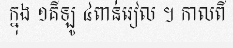
ក្នុង ១គីឡូ ៤ពាន់រៀល ។ កាលពី